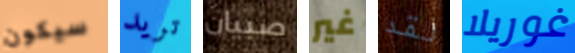
سيكون تريد صبيان غير لقد غوريلا